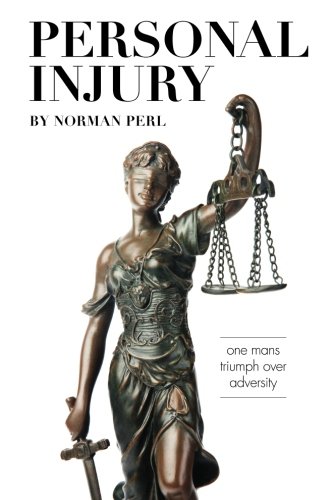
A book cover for Personal Injury; Norman Perl; Law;